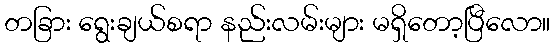
တခြား ရွေးချယ်စရာ နည်းလမ်းများ မရှိတော့ပြီလော။